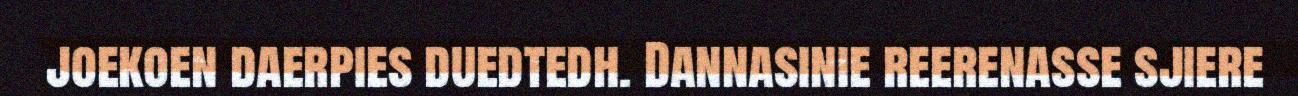
joekoen daerpies duedtedh. Dannasinie reerenasse sjiere